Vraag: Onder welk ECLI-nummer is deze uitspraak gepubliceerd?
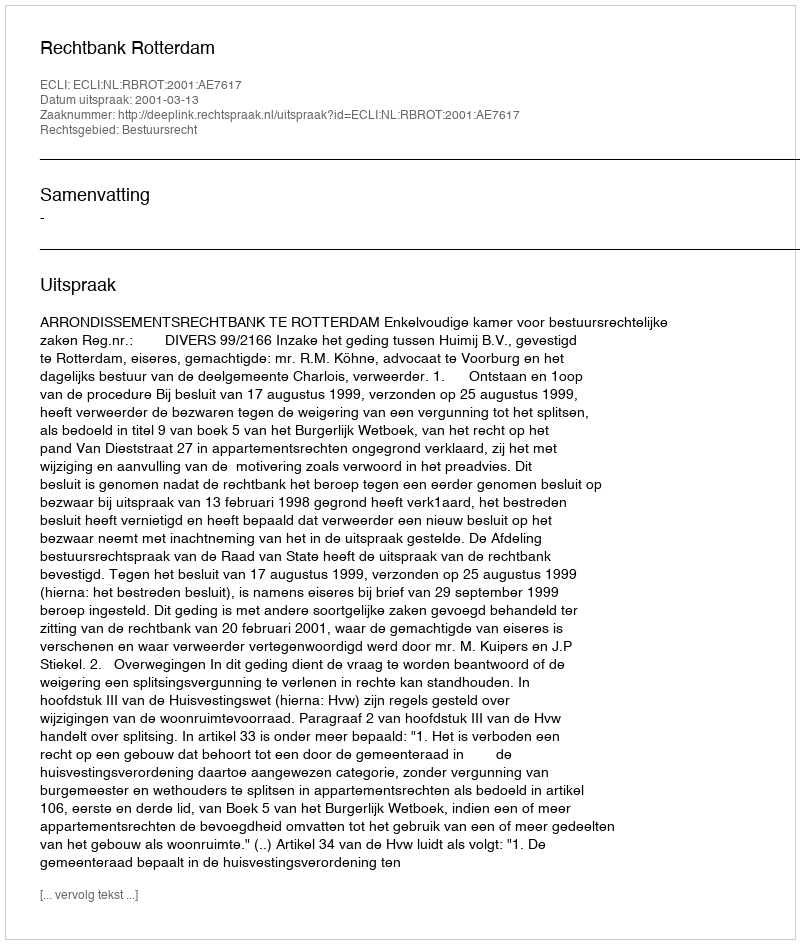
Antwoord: ECLI:NL:RBROT:2001:AE7617